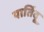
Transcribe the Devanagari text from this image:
पार्तिदू